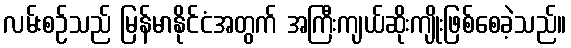
လမ်းစဉ်သည် မြန်မာနိုင်ငံအတွက် အကြီးကျယ်ဆိုးကျိုးဖြစ်စေခဲ့သည်။